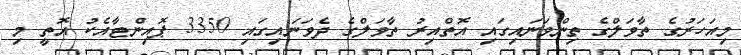
މިއަހަރުގެ ތާވަލްގެ ތިންވަނައިގައި އޮތްއިރު ތާވަލްގެ ދެވަނައިގައި 3350 ޕޮއިންޓާއެކު އޮތީ މި